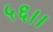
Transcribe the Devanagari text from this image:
५६।।